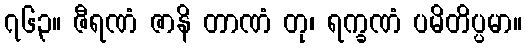
၇၆၃။ ဇီရဏံ ဇာနိ တာဏံ တု၊ ရက္ခဏံ ပမိတိပ္ပမာ။